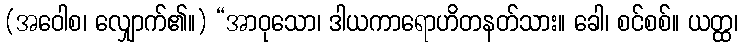
(အဝေါစ၊ လျှောက်၏။) “အာဝုသော၊ ဒါယကာရောဟိတနတ်သား။ ခေါ၊ စင်စစ်။ ယတ္ထ၊